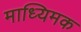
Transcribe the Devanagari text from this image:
माध्यिमक